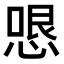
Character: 𭝫